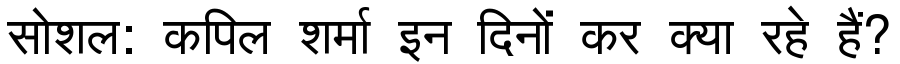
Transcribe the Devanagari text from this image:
सोशल: कपिल शर्मा इन दिनों कर क्या रहे हैं?